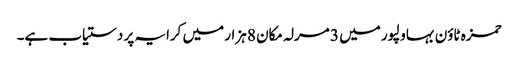
حمزہ ٹاؤن بہاولپور میں 3 مرلہ مکان 8 ہزار میں کرایہ پر دستیاب ہے۔